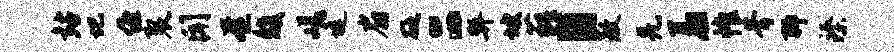
站圮缠裂闻奄馥嵯堤扇砭二弊坡藐目敖羌羞帷斧聊臻